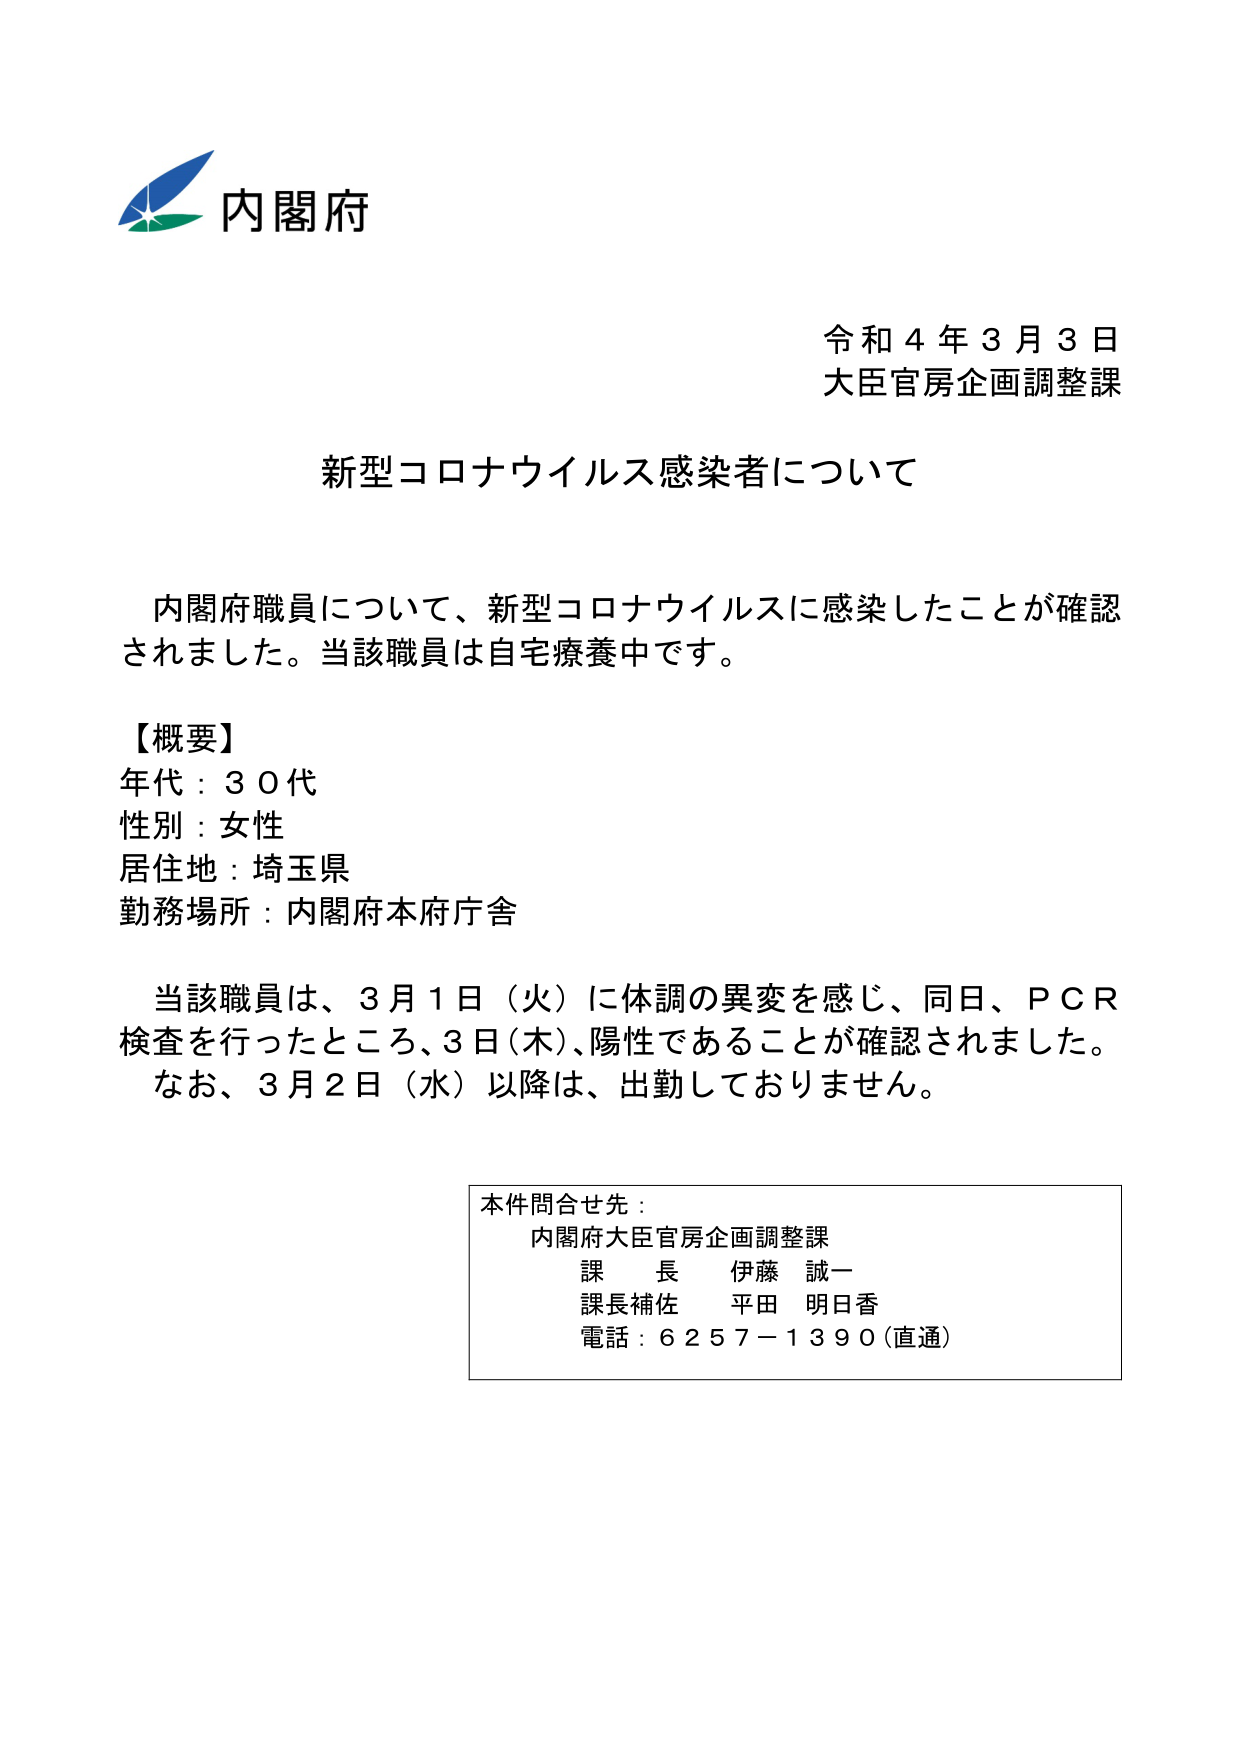
内閣府
令和４年３月３日
大臣官房企画調整課

新型コロナウイルス感染者について

内閣府職員について、新型コロナウイルスに感染したことが確認されました。当該職員は自宅療養中です。

【概要】
年代：３０代
性別：女性
居住地：埼玉県
勤務場所：内閣府本府庁舎

当該職員は、３月１日（火）に体調の異変を感じ、同日、ＰＣＲ検査を行ったところ、３日（木）、陽性であることが確認されました。
なお、３月２日（水）以降は、出勤しておりません。

本件問合せ先：
内閣府大臣官房企画調整課
課長 伊藤 誠一
課長補佐 平田 明日香
電話：６２５７－１３９０（直通）